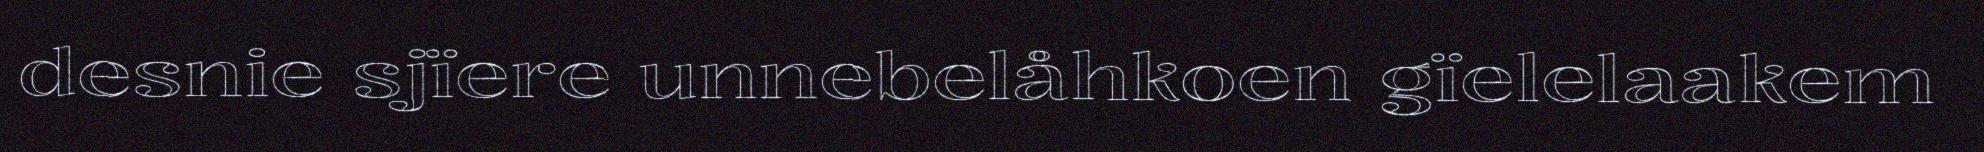
desnie sjïere unnebelåhkoen gïelelaakem